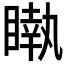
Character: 𥊝